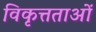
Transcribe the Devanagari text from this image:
विकृत्तताओं